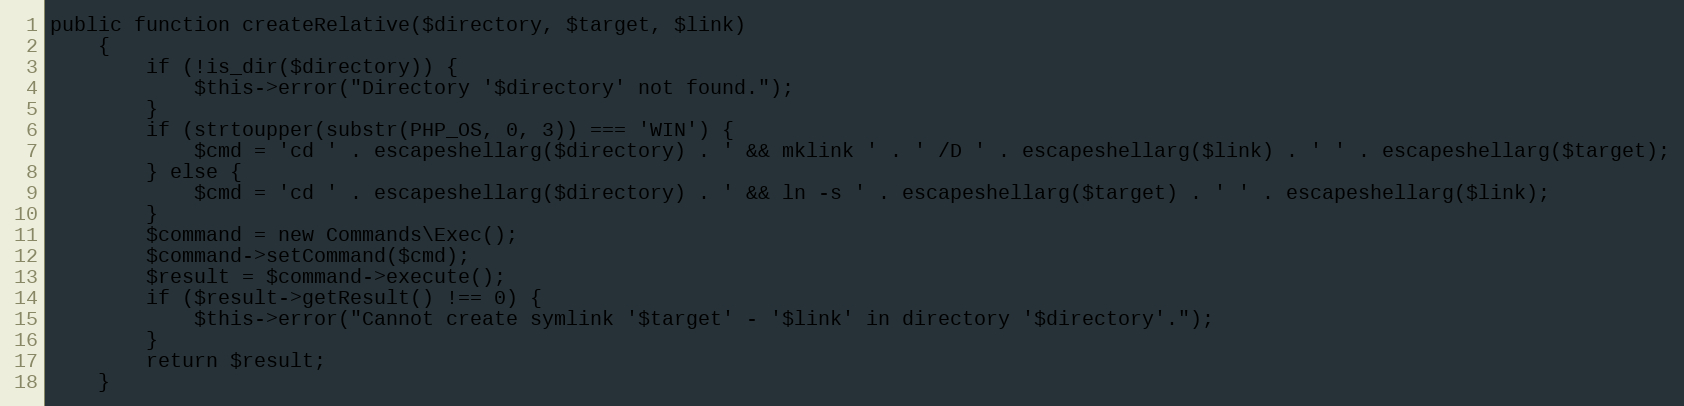
Language: PHP
public function createRelative($directory, $target, $link)
	{
		if (!is_dir($directory)) {
			$this->error("Directory '$directory' not found.");
		}
		if (strtoupper(substr(PHP_OS, 0, 3)) === 'WIN') {
			$cmd = 'cd ' . escapeshellarg($directory) . ' && mklink ' . ' /D ' . escapeshellarg($link) . ' ' . escapeshellarg($target);
		} else {
			$cmd = 'cd ' . escapeshellarg($directory) . ' && ln -s ' . escapeshellarg($target) . ' ' . escapeshellarg($link);
		}
		$command = new Commands\Exec();
		$command->setCommand($cmd);
		$result = $command->execute();
		if ($result->getResult() !== 0) {
			$this->error("Cannot create symlink '$target' - '$link' in directory '$directory'.");
		}
		return $result;
	}